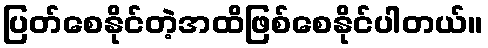
ပြတ်စေနိုင်တဲ့အထိဖြစ်စေနိုင်ပါတယ်။